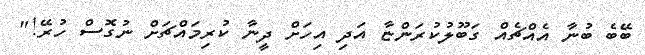
ބޭބެ ބުނާ އެއްޗެއް ގަބޫލުކުރަންޏާ އަދި އިހަށް ދީނާ ކުރިމައްޗަށް ނުގޮސް ހުރޭ!"